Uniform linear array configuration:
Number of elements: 8
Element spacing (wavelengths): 0.75
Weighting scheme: blackman
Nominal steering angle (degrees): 60
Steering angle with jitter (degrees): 61.509
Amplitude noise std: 0.05
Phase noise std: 0.05

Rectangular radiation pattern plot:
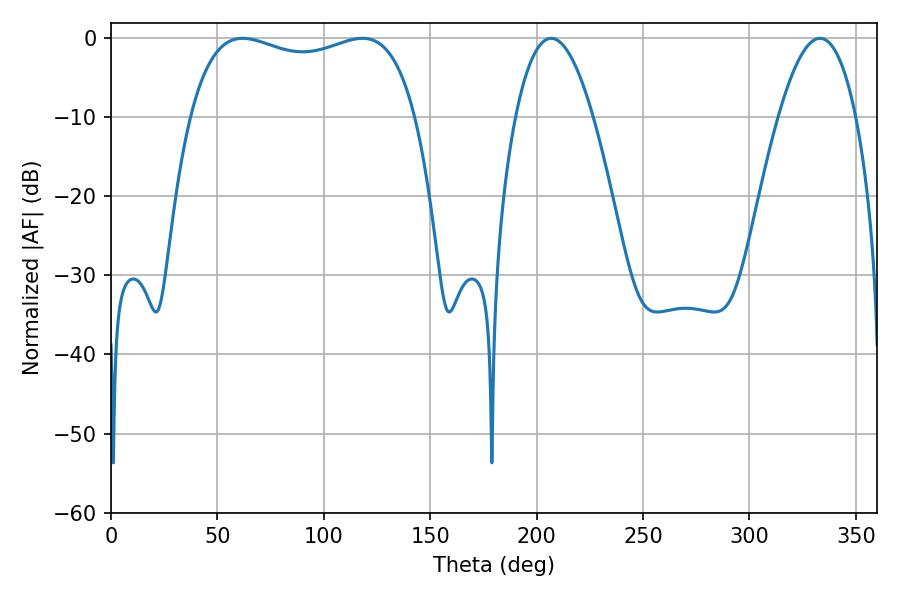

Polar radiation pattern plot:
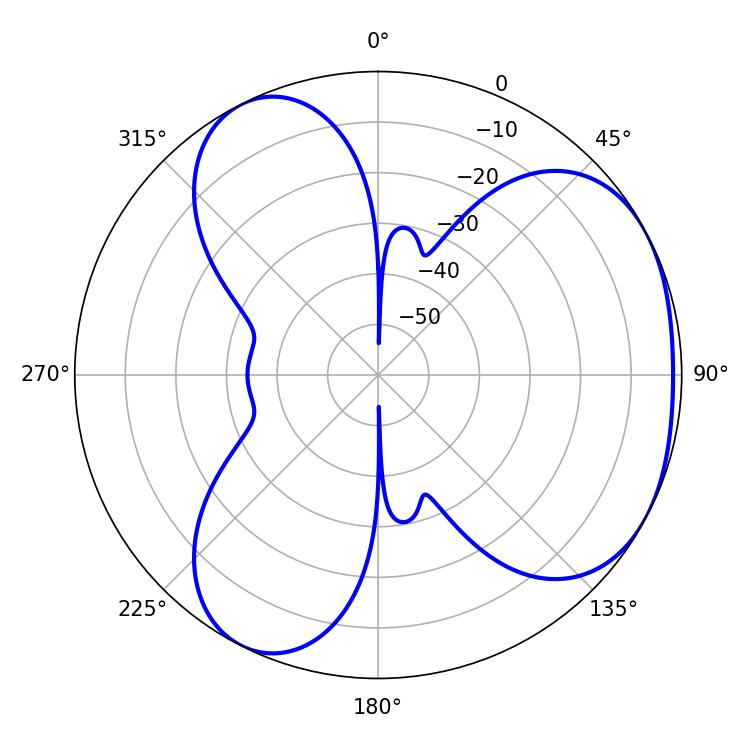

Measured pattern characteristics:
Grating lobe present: TRUE
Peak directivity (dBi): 3.705
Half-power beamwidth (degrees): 19.98
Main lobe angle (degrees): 206.82